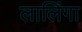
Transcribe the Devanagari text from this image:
लालिंगा